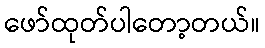
ဖော်ထုတ်ပါတော့တယ်။